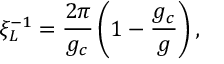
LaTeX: \xi _ { L } ^ { - 1 } = { \frac { 2 \pi } { g _ { c } } } \left( 1 - { \frac { g _ { c } } { g } } \right) ,